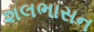
શલભાસન